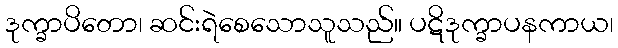
ဒုက္ခာပိတော၊ ဆင်းရဲစေသောသူသည်။ ပဋိဒုက္ခာပနကာယ၊